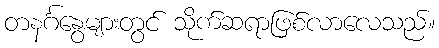
တနင်္ဂနွေများတွင် သိုက်ဆရာဖြစ်လာလေသည်။